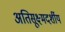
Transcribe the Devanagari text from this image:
अतिसूक्ष्मदर्शीय